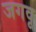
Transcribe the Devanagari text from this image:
जगवू